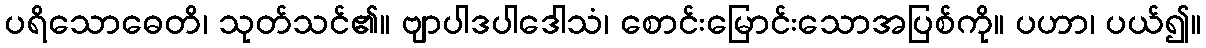
ပရိသောဓေတိ၊ သုတ်သင်၏။ ဗျာပါဒပါဒေါသံ၊ စောင်းမြောင်းသောအပြစ်ကို။ ပဟာ၊ ပယ်၍။